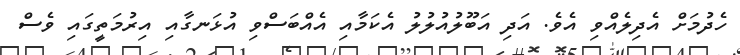
ހެދުމަށް އެދިލެއްވި އެވެ. އަދި އަބޫލުއުލުލު އެކަމާއި އެއްބަސްވި އުޅަނގާއި އިރުމަތީގައި ވެސް